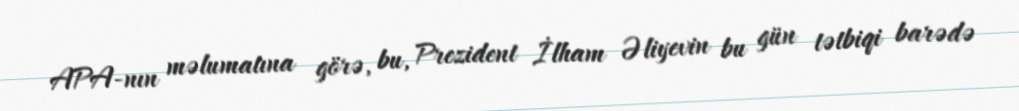
APA-nın məlumatına görə, bu, Prezident İlham Əliyevin bu gün tətbiqi barədə